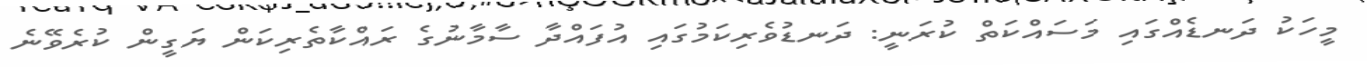
މީހަކު ދަނޑެއްގައި މަސައްކަތް ކުރަނީ: ދަނޑުވެރިކަމުގައި އުފައްދާ ސާމާނުގެ ރައްކާތެރިކަން ޔަގީން ކުރެވޭނެ